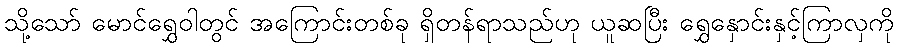
သို့သော် မောင်ရွှေဝါတွင် အကြောင်းတစ်ခု ရှိတန်ရာသည်ဟု ယူဆပြီး ရွှေနှောင်းနှင့်ကြာလှကို